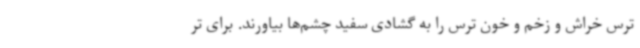
ترس خراش و زخم و خون ترس را به گشادی سفید چشم‌ها بیاورند. برای تر